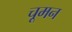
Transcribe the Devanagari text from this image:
चूमन